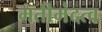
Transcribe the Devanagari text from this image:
मतीमंदत्व